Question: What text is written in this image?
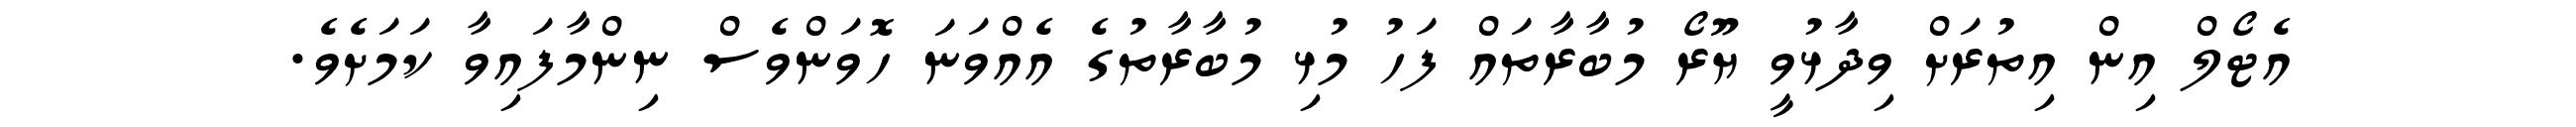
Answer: އެޓޯލް އިން އިތުރަށް ވިދާޅުވީ ޔޫރޯ މުބާރާތައް ފަހު މުޅި މުބާރާތުގެ އެއްވަނަ ހޮވަންވެސް ނިންމާފައިވާ ކަމަށެވެ.